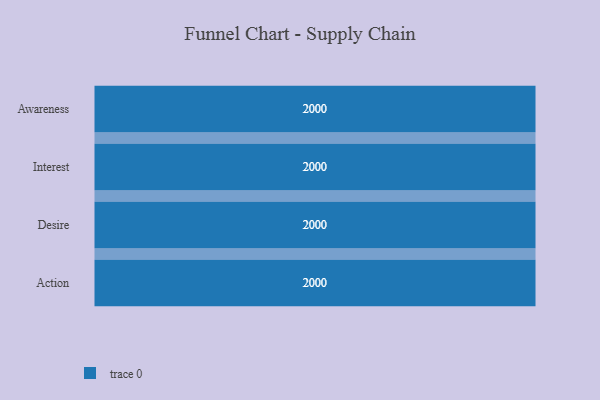
{"axis": {"x": "Stage", "y": "Value"}, "legend": [""], "data": [{"x": "Awareness", "y": 2000, "type": ""}, {"x": "Interest", "y": 2000, "type": ""}, {"x": "Desire", "y": 2000, "type": ""}, {"x": "Action", "y": 2000, "type": ""}]}